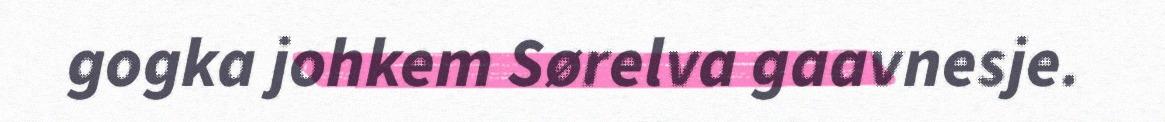
gogka johkem Sørelva gaavnesje.